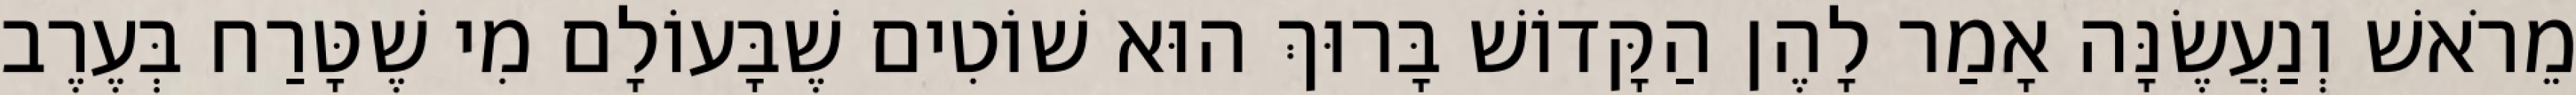
מֵרֹאשׁ וְנַעֲשֶׂנָּה אָמַר לָהֶן הַקָּדוֹשׁ בָּרוּךְ הוּא שׁוֹטִים שֶׁבָּעוֹלָם מִי שֶׁטָּרַח בְּעֶרֶב